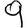
Digit: 9